Plague in India, 1896, 1897 - Volume 1
Year: 1896
Disease focus: Plague
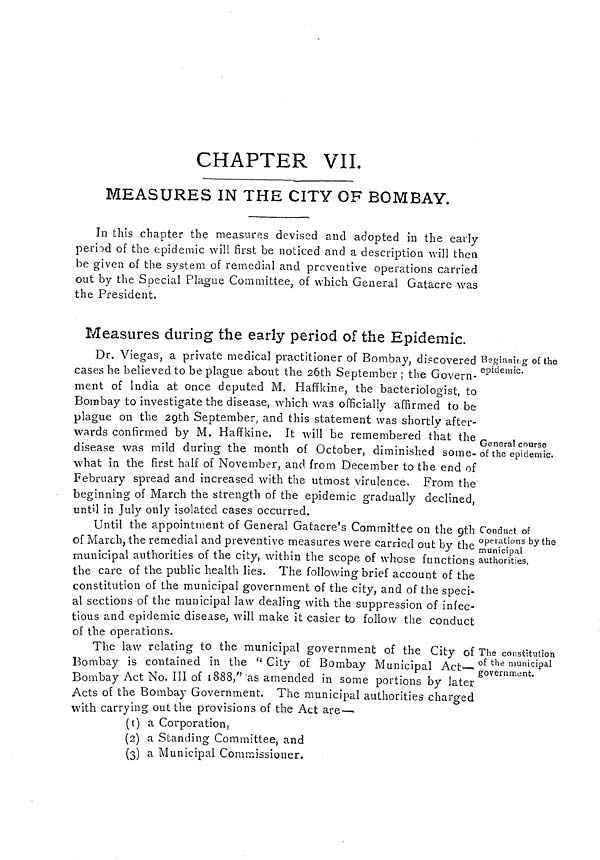
CHAPTER VIL
MEASURES IN THE CITY OF BOMBAY.
In this chapter the measures devised and adopted in the early
period of the epidemic will first be noticed and a description will then
be given of the system of remedial and preventive operations carried
out by the Special Plague Committee, of which General Gatacre was
the President.
Measures during the early period of the Epidemic.
Beginning of the
epidemic.
General course
of the epidemic.
Dr. Viegas, a private medical practitioner of Bombay, di?covered
cases he believed to be plague about the 26th September; the Govern-
ment of India at once deputed M. Haffkine, the bacteriologist, to
Bombay to investigate the disease, which was officially affirmed to be
plague on the 20th September, and this statement was shortly after-
wards confirmed by M. Haffkine, It will be remembered that the
disease was mild during the month of October, diminished some-
what in the first half of November, and from December to the end of
February spread and increased with the utmost virulence, From the
beginning of March the strength of the epidemic gradually declined,
until in July only isolated cases occurred.
Conduct of
operations by the
municipal
authorities.
Until the appointment of General Gatacre's Committee on the 9th
of March, the remedial and preventive measures were carried out by the
municipal authorities of the city, within the scope of whose functions
the care of the public health lies. The following brief account of the
constitution of the municipal government of the city, and of the speci-
al sections of the municipal law dealing with the suppression of infec-
tious and epidemic disease, will make it easier to follow the conduct
of the operations.
The constitution
of the municipal
government.
The law relating to the municipal government of the City of
Bombay is contained in the " City of Bombay Municipal Act—
Bombay Act No. III of 1888," as amended in some portions by later
Acts of the Bombay Government. The municipal authorities charged
with carrying out the provisions of the Act are
(1) a Corporation,
(2) a Standing Committee, and
(3) a Municipal Commissioner.